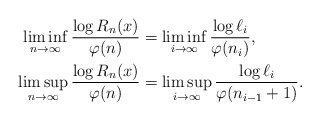
\begin{align*}\liminf_{n\to\infty}\frac{\log R_n(x)}{\varphi(n)}&=\liminf_{i\to\infty}\frac{\log\ell_i}{\varphi(n_i)},\\ \limsup_{n\to\infty}\frac{\log R_n(x)}{\varphi(n)}&=\limsup_{i\to\infty}\frac{\log\ell_i}{\varphi(n_{i-1}+1)}.\end{align*}